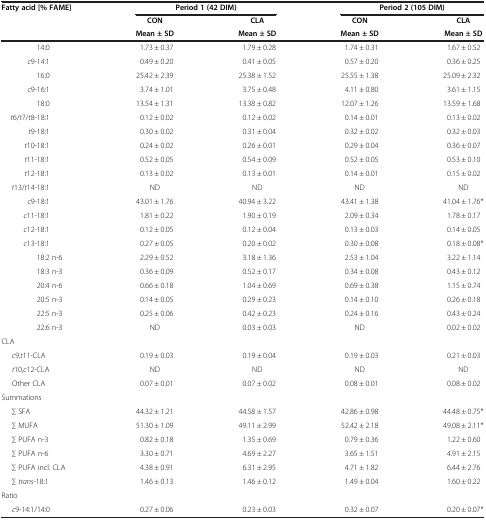
<table><thead><tr><td><b>Fatty acid [% FAME]</b></td><td colspan="2"><b>Period 1 (42 DIM)</b></td><td colspan="2"><b>Period 2 (105 DIM)</b></td></tr><tr><td><b> </b></td><td><b>CON</b></td><td><b>CLA</b></td><td><b>CON</b></td><td><b>CLA</b></td></tr><tr><td><b> </b></td><td><b>Mean ± SD</b></td><td><b>Mean ± SD</b></td><td><b>Mean ± SD</b></td><td><b>Mean ± SD</b></td></tr></thead><tbody><tr><td>14:0</td><td>1.73 ± 0.37</td><td>1.79 ± 0.28</td><td>1.74 ± 0.31</td><td>1.67 ± 0.52</td></tr><tr><td><i>c</i>9-14:1</td><td>0.49 ± 0.20</td><td>0.41 ± 0.05</td><td>0.57 ± 0.20</td><td>0.36 ± 0.25</td></tr><tr><td>16:0</td><td>25.42 ± 2.39</td><td>25.38 ± 1.52</td><td>25.55 ± 1.38</td><td>25.09 ± 2.32</td></tr><tr><td><i>c</i>9-16:1</td><td>3.74 ± 1.01</td><td>3.75 ± 0.48</td><td>4.11 ± 0.80</td><td>3.61 ± 1.15</td></tr><tr><td>18:0</td><td>13.54 ± 1.31</td><td>13.38 ± 0.82</td><td>12.07 ± 1.26</td><td>13.59 ± 1.68</td></tr><tr><td><i>t</i>6/<i>t</i>7/<i>t</i>8-18:1</td><td>0.12 ± 0.02</td><td>0.12 ± 0.02</td><td>0.14 ± 0.01</td><td>0.13 ± 0.02</td></tr><tr><td><i>t</i>9-18:1 </td><td>0.30 ± 0.02</td><td>0.31 ± 0.04</td><td>0.32 ± 0.02</td><td>0.32 ± 0.03</td></tr><tr><td><i>t</i>10-18:1</td><td>0.24 ± 0.02</td><td>0.26 ± 0.01</td><td>0.29 ± 0.04</td><td>0.36 ± 0.07</td></tr><tr><td><i>t</i>11-18:1</td><td>0.52 ± 0.05</td><td>0.54 ± 0.09</td><td>0.52 ± 0.05</td><td>0.53 ± 0.10</td></tr><tr><td><i>t</i>12-18:1</td><td>0.13 ± 0.02</td><td>0.13 ± 0.01</td><td>0.14 ± 0.01</td><td>0.15 ± 0.02</td></tr><tr><td><i>t</i>13/<i>t</i>14-18:1</td><td>ND</td><td>ND</td><td>ND</td><td>ND</td></tr><tr><td><i>c</i>9-18:1</td><td>43.01 ± 1.76</td><td>40.94 ± 3.22</td><td>43.41 ± 1.38</td><td>41.04 ± 1.76*</td></tr><tr><td><i>c</i>11-18:1</td><td>1.81 ± 0.22</td><td>1.90 ± 0.19</td><td>2.09 ± 0.34</td><td>1.78 ± 0.17</td></tr><tr><td><i>c</i>12-18:1</td><td>0.12 ± 0.05</td><td>0.12 ± 0.04</td><td>0.13 ± 0.03</td><td>0.14 ± 0.05</td></tr><tr><td><i>c</i>13-18:1</td><td>0.27 ± 0.05</td><td>0.20 ± 0.02</td><td>0.30 ± 0.08</td><td>0.18 ± 0.08*</td></tr><tr><td>18:2 n-6</td><td>2.29 ± 0.52</td><td>3.18 ± 1.36</td><td>2.53 ± 1.04</td><td>3.22 ± 1.14</td></tr><tr><td>18:3 n-3</td><td>0.36 ± 0.09</td><td>0.52 ± 0.17</td><td>0.34 ± 0.08</td><td>0.43 ± 0.12</td></tr><tr><td>20:4 n-6</td><td>0.66 ± 0.18</td><td>1.04 ± 0.69</td><td>0.69 ± 0.38</td><td>1.15 ± 0.74</td></tr><tr><td>20:5 n-3</td><td>0.14 ± 0.05</td><td>0.29 ± 0.23</td><td>0.14 ± 0.10</td><td>0.26 ± 0.18</td></tr><tr><td>22:5 n-3</td><td>0.25 ± 0.06</td><td>0.42 ± 0.23</td><td>0.24 ± 0.16</td><td>0.43 ± 0.24</td></tr><tr><td>22:6 n-3</td><td>ND</td><td>0.03 ± 0.03</td><td>ND</td><td>0.02 ± 0.02</td></tr><tr><td colspan="5">CLA</td></tr><tr><td><i>c</i>9,<i>t</i>11-CLA</td><td>0.19 ± 0.03</td><td>0.19 ± 0.04</td><td>0.19 ± 0.03</td><td>0.21 ± 0.03</td></tr><tr><td><i>t</i>10<i>,c</i>12-CLA</td><td>ND</td><td>ND</td><td>ND</td><td>ND</td></tr><tr><td>Other CLA</td><td>0.07 ± 0.01</td><td>0.07 ± 0.02</td><td>0.08 ± 0.01</td><td>0.08 ± 0.02</td></tr><tr><td colspan="5">Summations</td></tr><tr><td>∑ SFA</td><td>44.32 ± 1.21</td><td>44.58 ± 1.57</td><td>42.86 ± 0.98</td><td>44.48 ± 0.75*</td></tr><tr><td>∑ MUFA</td><td>51.30 ± 1.09</td><td>49.11 ± 2.99</td><td>52.42 ± 2.18</td><td>49.08 ± 2.11*</td></tr><tr><td>∑ PUFA n-3</td><td>0.82 ± 0.18</td><td>1.35 ± 0.69</td><td>0.79 ± 0.36</td><td>1.22 ± 0.60</td></tr><tr><td>∑ PUFA n-6</td><td>3.30 ± 0.71</td><td>4.69 ± 2.27</td><td>3.65 ± 1.51</td><td>4.91 ± 2.15</td></tr><tr><td>∑ PUFA incl. CLA</td><td>4.38 ± 0.91</td><td>6.31 ± 2.95</td><td>4.71 ± 1.82</td><td>6.44 ± 2.76</td></tr><tr><td>∑ <i>trans</i>-18:1</td><td>1.46 ± 0.13</td><td>1.46 ± 0.12</td><td>1.49 ± 0.04</td><td>1.60 ± 0.22</td></tr><tr><td colspan="5">Ratio</td></tr><tr><td><i>c</i>9-14:1/14:0</td><td>0.27 ± 0.06</td><td>0.23 ± 0.03</td><td>0.32 ± 0.07</td><td>0.20 ± 0.07*</td></tr></tbody></table>